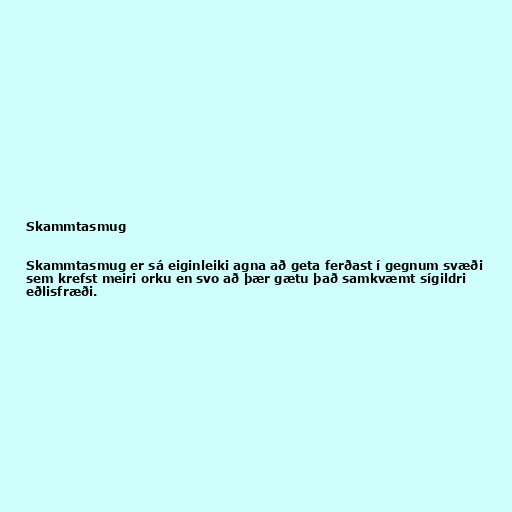
Skammtasmug

Skammtasmug er sá eiginleiki agna að geta ferðast í gegnum svæði
sem krefst meiri orku en svo að þær gætu það samkvæmt sígildri
eðlisfræði.